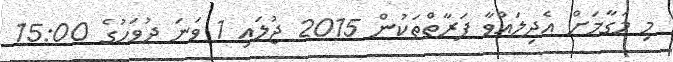
މި މަގާމަށް އެދިލައްވާ ފަރާތްތަކުން 2015 ޖުލައި 1 ވަނަ ދުވަހުގެ 15:00